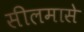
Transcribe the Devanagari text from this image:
सीलमासे